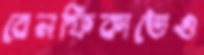
বেনফিকাতেও